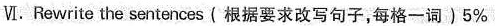
Ⅵ.Rewrite the sentences(根据要求改写句子,每格一词)5%